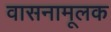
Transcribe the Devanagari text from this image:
वासनामूलक